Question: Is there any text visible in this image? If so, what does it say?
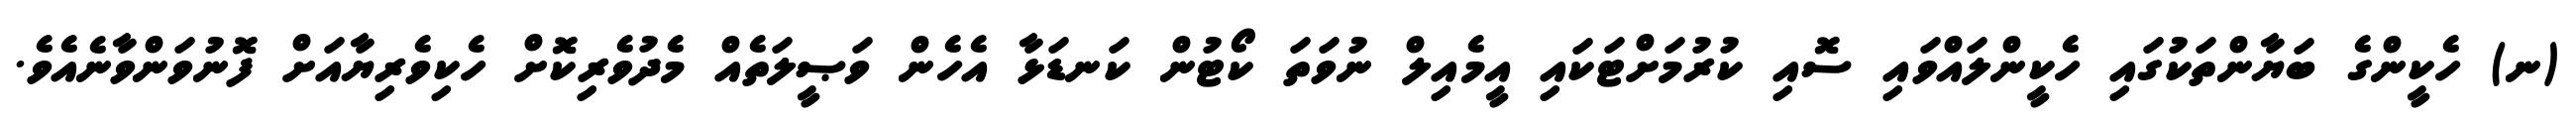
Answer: (ނ) ހެކީންގެ ބަޔާންތަކުގައި ހެކީންލައްވައި ސޮއި ކުރުމަށްޓަކައި އީމެއިލް ނުވަތަ ކޯޓުން ކަނޑަޅާ އެހެން ވަޞީލަތެއް މެދުވެރިކޮށް ހެކިވެރިޔާއަށް ފޮނުވަންވާނެއެވެ.